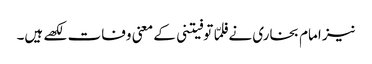
نیز امام بخاری نے فلمّا توفیتنی کے معنی وفات لکھے ہیں۔